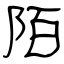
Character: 陌